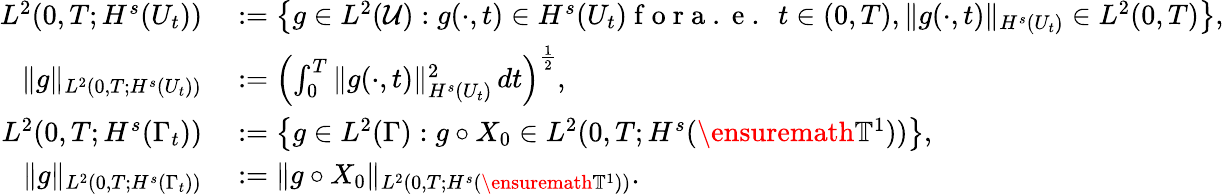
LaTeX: \begin{array}{rl}{L^{2}(0,T;H^{s}(U_{t}))}&{{}:=\left\{ g\in L^{2}(\mathcal{U}):g(\cdot,t)\in H^{s}(U_{t})\mathrm{~f~o~r~a~.~e~.~\ }t\in(0,T),\| g(\cdot,t)\| _{H^{s}(U_{t})}\in L^{2}(0,T)\right\} ,}\\ {\| g\| _{L^{2}(0,T;H^{s}(U_{t}))}}&{{}:=\left(\int_{0}^{T}\| g(\cdot,t)\| _{H^{s}(U_{t})}^{2}\, dt\right)^{\frac 12},}\\ {L^{2}(0,T;H^{s}(\Gamma_{t}))}&{{}:=\left\{ g\in L^{2}(\Gamma):g\circ X_{0}\in L^{2}(0,T;H^{s}(\ensuremath{\mathbb{T}}^{1}))\right\} ,}\\ {\| g\| _{L^{2}(0,T;H^{s}(\Gamma_{t}))}}&{{}:=\| g\circ X_{0}\| _{L^{2}(0,T;H^{s}(\ensuremath{\mathbb{T}}^{1}))}.}\end{array}